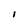
Character: i